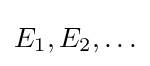
E_{1},E_{2},\ldots